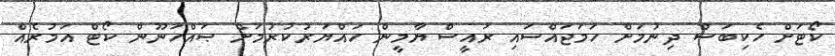
ކޯޓަށް ހެކިބަސް ދިނުމަށް ހަމަޖައްސައި ރައީސް ޔާމީން ހައްޔަރުކުރުމަށް ޞައްހަނޫން ކޯޓް އަމުރެއް